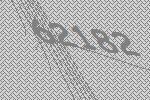
62182